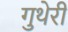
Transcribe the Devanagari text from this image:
गुथेरी